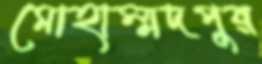
মোহাম্মদপুর